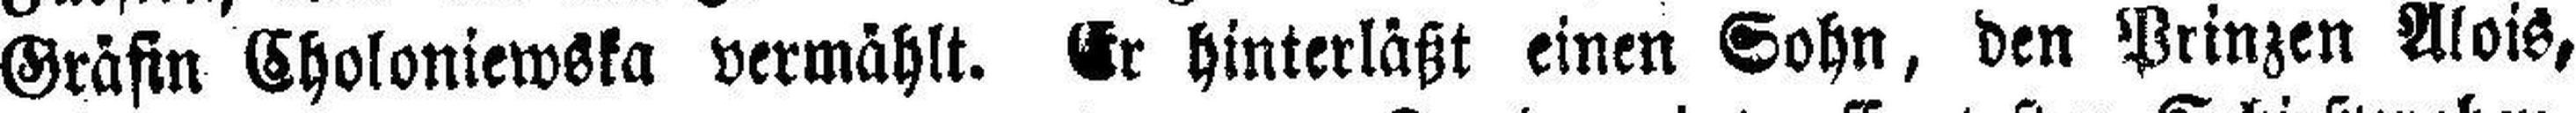
Gräfin Choloniewska vermählt. Er hinterläßt einen Sohn, den Prinzen Alois,